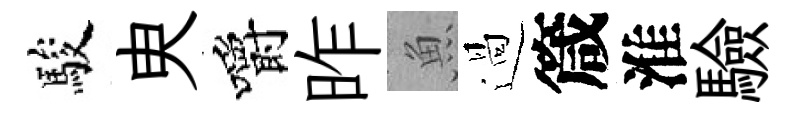
駿㬰嚼昨魚過箴淮驗